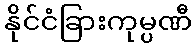
နိုင်ငံခြားကုမ္ပဏီ